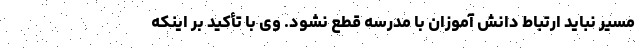
مسیر نباید ارتباط دانش آموزان با مدرسه قطع نشود. وی با تأکید بر اینکه